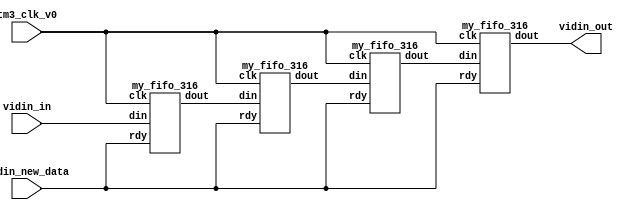

module v_fltr_316 (tm3_clk_v0, vidin_new_data, vidin_in, vidin_out);


   input tm3_clk_v0; 
   input vidin_new_data; 
   input[7:0] vidin_in; 
   output[7:0] vidin_out; 
   wire[7:0] vidin_out;

   wire[7:0] buff_out0;
   wire[7:0] buff_out1;
   wire[7:0] buff_out2;
   wire[7:0] buff_out3;

   assign buff_out0 = vidin_in ;

	my_fifo_316 fifo0(tm3_clk_v0, buff_out0, buff_out1, vidin_new_data);
	my_fifo_316 fifo1(tm3_clk_v0, buff_out1, buff_out2, vidin_new_data);
	my_fifo_316 fifo2(tm3_clk_v0, buff_out2, buff_out3, vidin_new_data);

   my_fifo_316 more_inst (tm3_clk_v0, buff_out3, vidin_out, vidin_new_data); 
endmodule
module my_fifo_316 (clk, din, dout, rdy);

    input clk; 
    input[8 - 1:0] din; 
    output[8 - 1:0] dout; 
    reg[8 - 1:0] dout;
	input rdy;

    reg[8-1:0]buff1;
    reg[8-1:0]buff2;


    always @(posedge clk)
    begin
		if (rdy == 1'b1)
		begin
			buff1 <= din;
			dout <= buff2;
			buff2 <= buff1;

		end
	end
endmodule